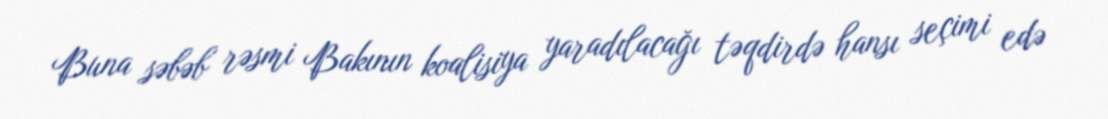
Buna səbəb rəsmi Bakının koalisiya yaradılacağı təqdirdə hansı seçimi edə